General report no. 6 on the lunatic asylums, vaccination and dispensaries in the Bengal Presidency, 1873 -
Year: 1873
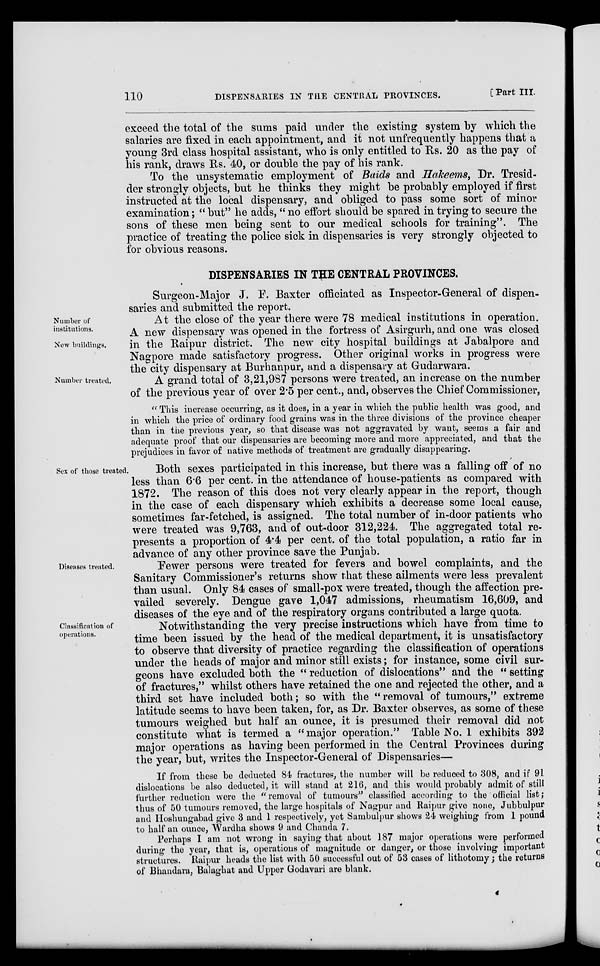
110
DISPENSARIES IN THE CENTRAL PROVINCES.
[Part III.
exceed the total of the sums paid under the existing system by which the
salaries are fixed in each appointment, and it not unfrequently happens that a
young 3rd class hospital assistant, who is only entitled to Rs. 20 as the pay of
his rank, draws Rs. 40, or double the pay of his rank.
To the unsystematic employment of Baids and Hakeems, Dr. Tresid.
der strongly objects, but he thinks they might be probably employed if first
instructed at the local dispensary, and obliged to pass some sort of minor
examination; " but" he adds, " no effort should be spared in trying to secure the
sons of these men being sent to our medical schools for training". The
practice of treating the police sick in dispensaries is very strongly objected to
for obvious reasons.
DISPENSARIES IN THE CENTRAL PROVINCES.
Surgeon-Major J. F. Baxter officiated as Inspector-General of dispen-
saries and submitted the report.
Number of
institutions.
New buildings.
At the close of the year there were 78 medical institutions in operation.
A new dispensary was opened in the fortress of Asirgurh, and one was closed
in the Raipur district. The new city hospital buildings at Jabalpore and
Nagpore made satisfactory progress. Other original works in progress were
the city dispensary at Burhanpur, and a dispensary at Gudarwara.
Number treated.
A grand total of 3,21,987 persons were treated, an increase on the number
of the previous year of over 2.5 per cent., and, observes the Chief Commissioner,
" This increase occurring, as it does, in a year in which the public health was good, and
in which the price of ordinary food grains was in the three divisions of the province cheaper
than in the previous year, so that disease was not aggravated by want, seems a fair and
adequate proof that our dispensaries are becoming more and more appreciated, and that the
prejudices in favor of native methods of treatment are gradually disappearing.
Sex of those treated.
Both sexes participated in this increase, but there was a falling off of no
less than 6.6 per cent. in the attendance of house-patients as compared with
1872. The reason of this does not very clearly appear in the report, though
in the case of each dispensary which exhibits a decrease some local cause,
sometimes far-fetched, is assigned. The total number of in-door patients who
were treated was 9,763, and of out-door 312,224. The aggregated total re-
presents a proportion of 4.4 per cent. of the total population, a ratio far in
advance of any other province save the Punjab.
Diseases treated.
Fewer persons were treated for fevers and bowel complaints, and the
Sanitary Commissioner's returns show that these ailments were less prevalent
than usual. Only 84 cases of small-pox were treated, though the affection pre-
vailed severely. Dengue gave 1,047 admissions, rheumatism 16,609, and
diseases of the eye and of the respiratory organs contributed a large quota.
Classification of
operations.
Notwithstanding the very precise instructions which have from time to
time been issued by the head of the medical department, it is unsatisfactory
to observe that diversity of practice regarding the classification of operations
under the heads of major and minor still exists; for instance, some civil sur-
geons have excluded both the " reduction of dislocations" and the " setting
of fractures,'' whilst others have retained the one and rejected the other, and a
third set have included both; so with the "removal of tumours," extreme
latitude seems to have been taken, for, as Dr. Baxter observes, as some of these
tumours weighed but half an ounce, it is presumed their removal did not
constitute what is termed a "major operation." Table No. 1 exhibits 392
major operations as having been performed in the Central Provinces during
the year, but, writes the Inspector-General of Dispensaries—
If from these be deducted 84 fractures, the number will be reduced to 308, and if 91
dislocations be also deducted, it will stand at 216, and this would probably admit of still
further reduction were the "removal of tumours" classified according to the official list;
thus of 50 tumours removed, the large hospitals of Nagpur and Raipur give none, Jubbulpur
and Hoshungabad give 3 and 1 respectively, yet Sambulpur shows 24 weighing from 1 pound
to half an ounce, Wardha shows 9 and Chanda 7.
Perhaps I am not wrong in saying that about 187 major operations were performed
during the year, that is, operations of magnitude or danger, or those involving important
structures. Raipur heads the list with 50 successful out of 53 cases of lithotomy; the returns
of Bhandara, Balaghat and Upper Godavari are blank.